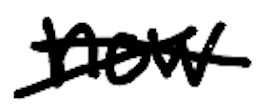
Text: now
Cross-out: cross
Writing tool: digital_black